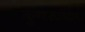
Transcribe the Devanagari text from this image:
कुणालावदान